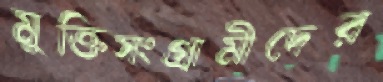
মুক্তিসংগ্রামীদের